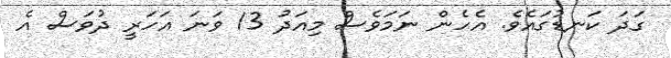
ގަދަ ކަނޑުގައެވެ. އެހެން ނަމަވެސް މިއަދު 13 ވަނަ އަހަރީ ދުވަސް އެ